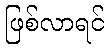
ဖြစ်လာရင်